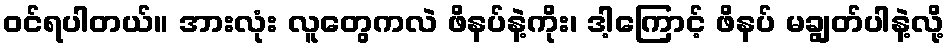
ဝင်ရပါတယ်။ အားလုံး လူတွေကလဲ ဖိနပ်နဲ့ကိုး၊ ဒါ့ကြောင့် ဖိနပ် မချွတ်ပါနဲ့လို့